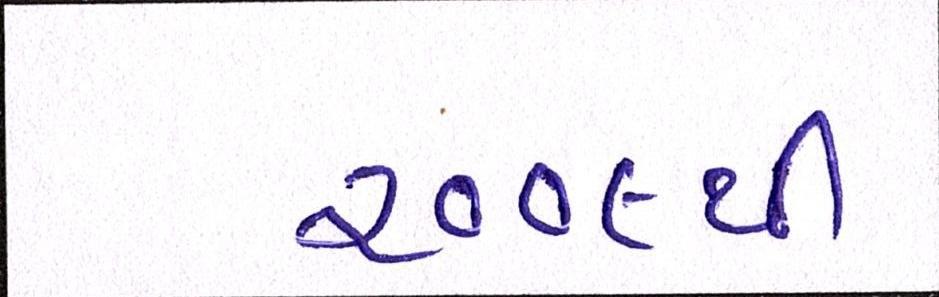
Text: ૨૦૦૯થી